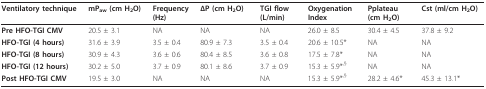
<table><thead><tr><td><b>Ventilatory technique</b></td><td><b>mP<sub>aw </sub>(cm H<sub>2</sub>O)</b></td><td><b>Frequency (Hz)</b></td><td><b>ΔP (cm H<sub>2</sub>O)</b></td><td><b>TGI flow (L/min)</b></td><td><b>Oxygenation Index</b></td><td><b>Pplateau (cm H<sub>2</sub>O)</b></td><td><b>Cst (ml/cm H<sub>2</sub>O)</b></td></tr></thead><tbody><tr><td><b>Pre HFO-TGI CMV</b></td><td>20.5 ± 3.1</td><td>NA</td><td>NA</td><td>NA</td><td>26.0 ± 8.5</td><td>30.4 ± 4.5</td><td>37.8 ± 9.2</td></tr><tr><td><b>HFO-TGI (4 hours)</b></td><td>31.6 ± 3.9</td><td>3.5 ± 0.4</td><td>80.9 ± 7.3</td><td>3.5 ± 0.4</td><td>20.6 ± 10.5*</td><td>NA</td><td>NA</td></tr><tr><td><b>HFO-TGI (8 hours)</b></td><td>30.9 ± 4.3</td><td>3.6 ± 0.6</td><td>80.4 ± 8.5</td><td>3.6 ± 0.8</td><td>17.5 ± 7.8*</td><td>NA</td><td>NA</td></tr><tr><td><b>HFO-TGI (12 hours)</b></td><td>30.2 ± 5.0</td><td>3.7 ± 0.9</td><td>80.1 ± 8.6</td><td>3.7 ± 0.9</td><td>15.3 ± 5.9*<sup>,§</sup></td><td>NA</td><td>NA</td></tr><tr><td><b>Post HFO-TGI CMV</b></td><td>19.5 ± 3.0</td><td>NA</td><td>NA</td><td>NA</td><td>15.3 ± 5.9*<sup>,§</sup></td><td>28.2 ± 4.6*</td><td>45.3 ± 13.1*</td></tr></tbody></table>